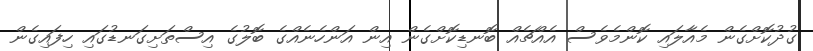
ގުދުކޮށްގެން މެއާލައި ކޮންމެވެސް އެއްޗެއް ބޮނޑިކޮށްގެން އިން އަންހެނެއްގެ ބޮލުގެ އިސްތަށިގަނޑުގައި ހިފައިގެން